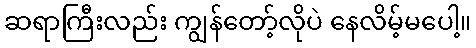
ဆရာကြီးလည်း ကျွန်တော့်လိုပဲ နေလိမ့်မပေါ့။